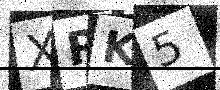
Text: XRK5